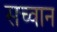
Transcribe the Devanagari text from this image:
सच्वान